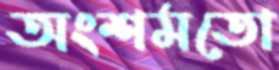
অংশমতো